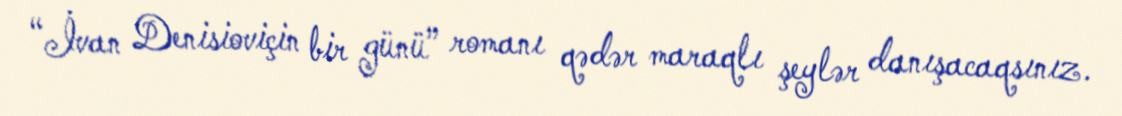
“İvan Denisioviçin bir günü” romanı qədər maraqlı şeylər danışacaqsınız.